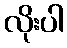
လိုးပါ